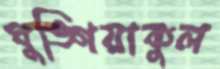
ঘুঙ্গিয়াকুল